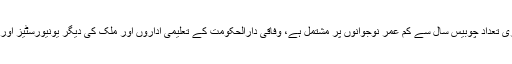
منشیات استعمال کرنے والوں میں ایک بڑی تعداد چوبیس سال سے کم عمر نوجوانوں پر مشتمل ہے، وفاقی دارالحکومت کے تعلیمی اداروں اور ملک کی دیگر یونیورسٹیز اور انکے کیمپس میں اس کا ملنا مشکل نہیں۔